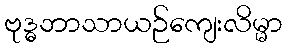
ဗုဒ္ဓဘာသာယဉ်ကျေးလိမ္မာ